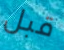
قبل